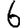
Digit: 6